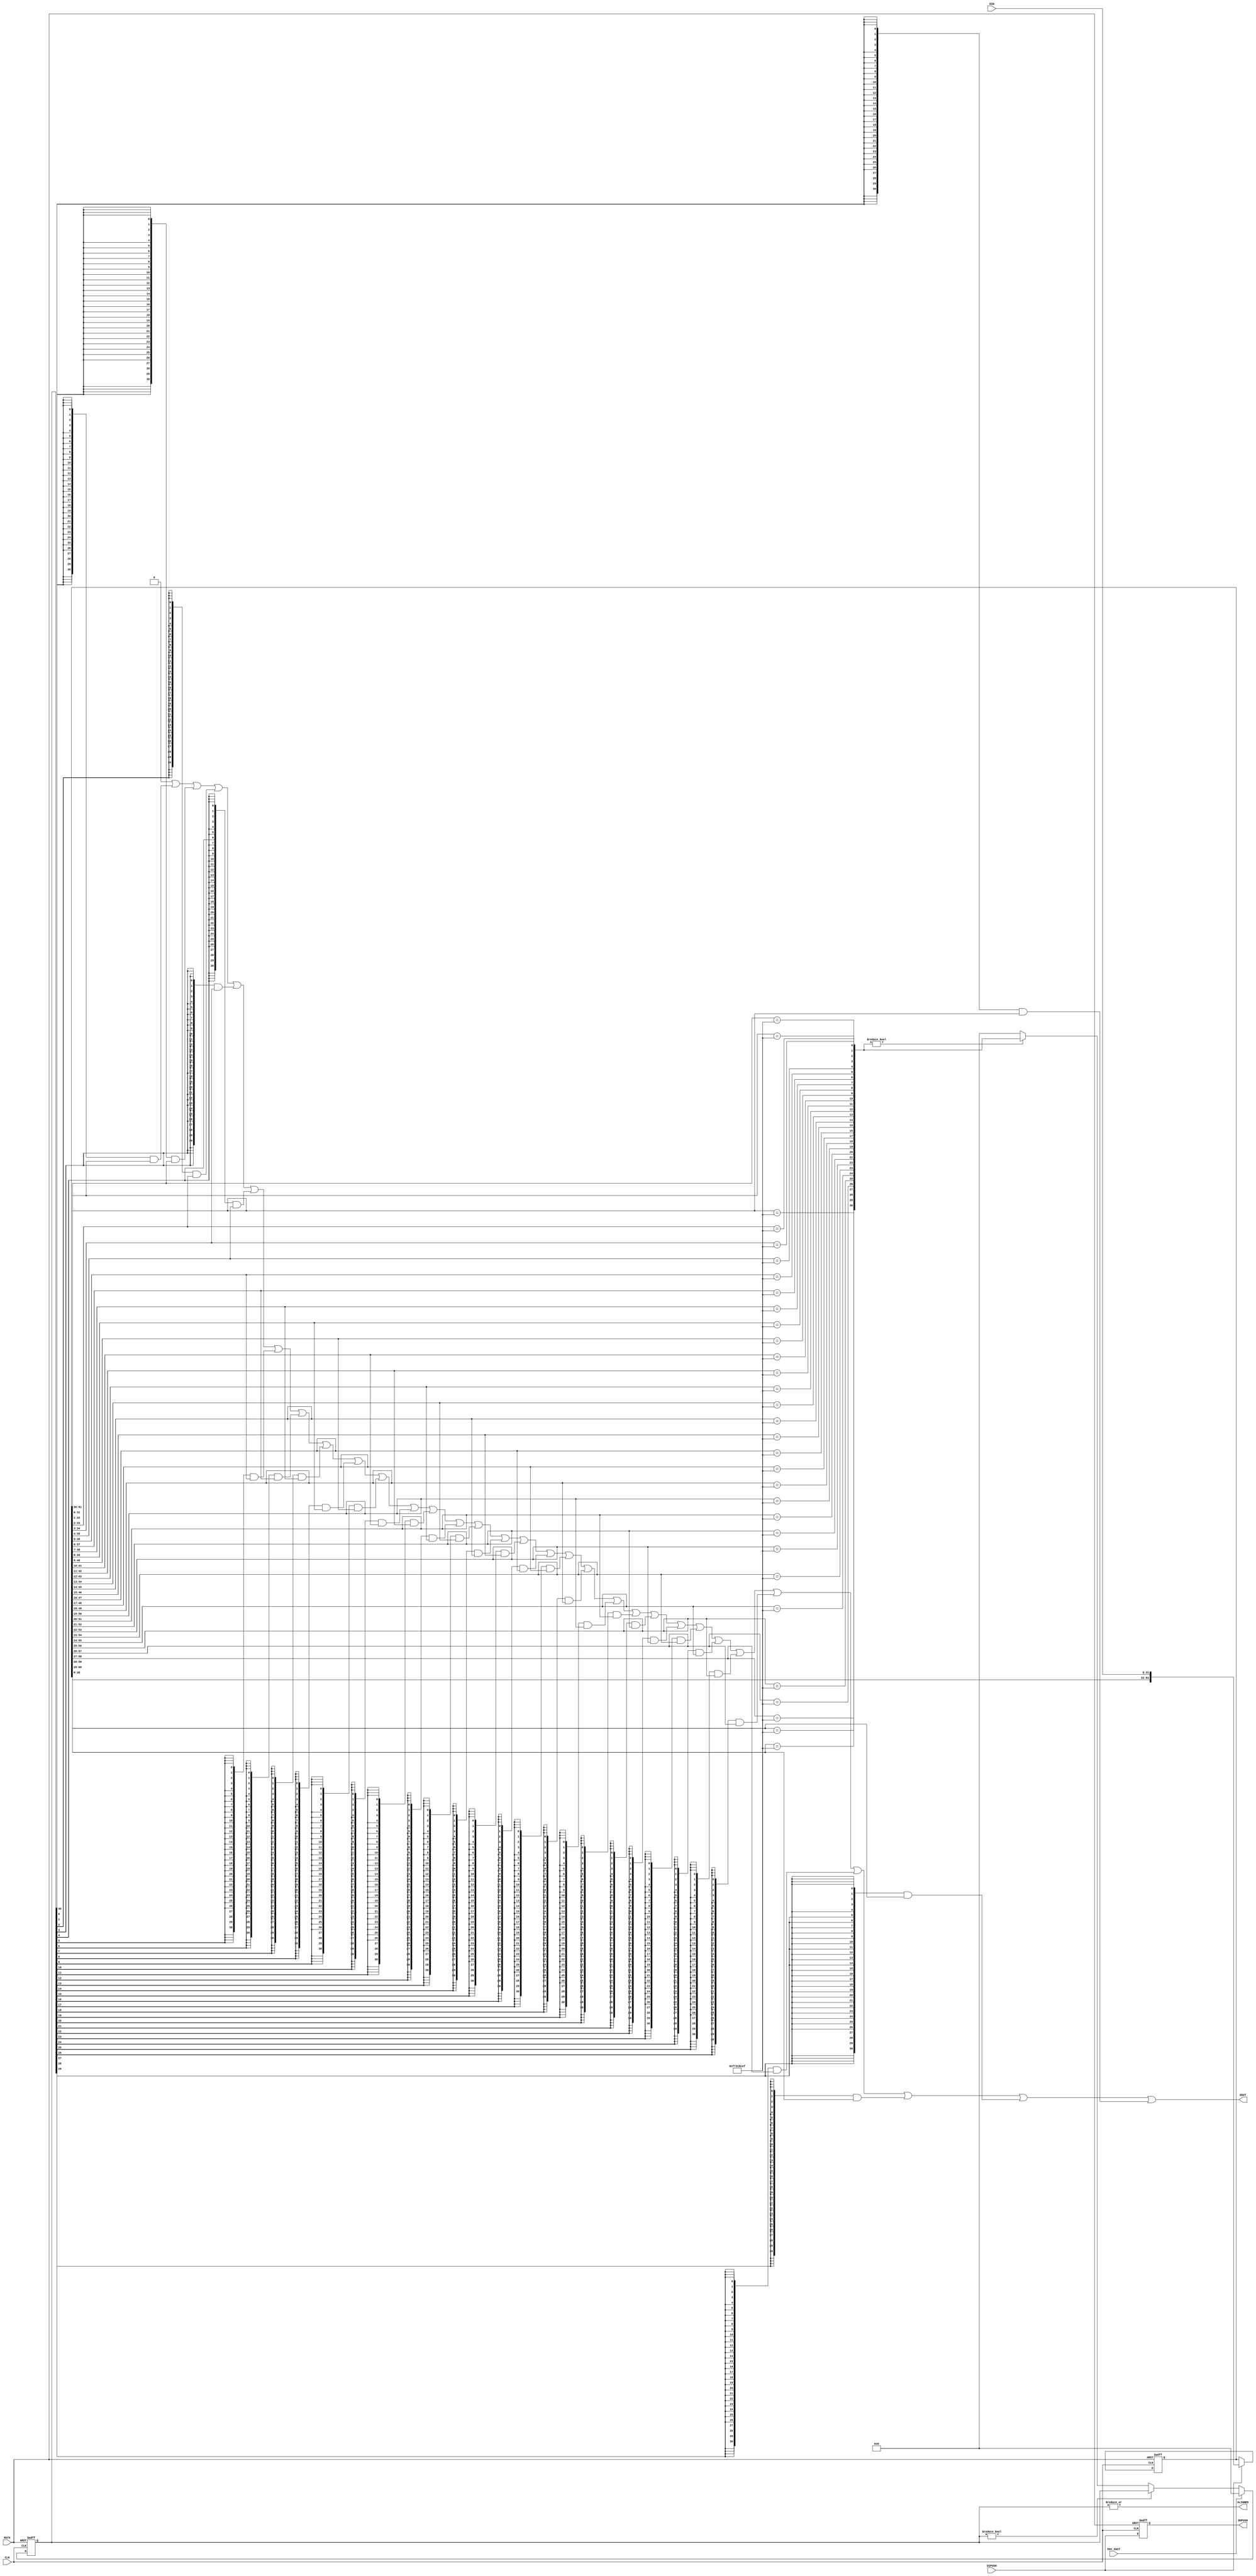
module word_align (
 input             RSTX,
 input             CLK,
 input             PHY_INIT,
 input             DIPUSH,
 input      [31:0] DIN,

 output reg        DOPUSH,
 output reg [31:0] DOUT,
 output            ALIGNED
);

reg [62:0] din_shift;
always @(posedge CLK or negedge RSTX)
  if (!RSTX)       din_shift <= 63'd0;
  else if (DIPUSH) din_shift <=  {din_shift[30:0], DIN};
always @(posedge CLK or negedge RSTX)
  if (!RSTX) DOPUSH <= 1'b0;
  else       DOPUSH <= DIPUSH;

wire [30:0] sync_comp;
generate
genvar gv;
for (gv = 0; gv < 31; gv = gv+1)
  assign sync_comp[gv] = din_shift[gv+31:gv] == 32'hF731_8CEF;
endgenerate

reg [30:0] sync_found;
always @(posedge CLK or negedge RSTX)
  if (!RSTX)                    sync_found <= 31'd0;
  else if (PHY_INIT)            sync_found <= 31'd0;
  else if (sync_found != 31'd0) sync_found <= sync_found;
  else if (sync_comp != 31'd0)  sync_found <= sync_comp;
  else                          sync_found <= 31'd0;

integer i;
always @* begin
  DOUT = 32'd0;
  for (i = 0; i < 31; i = i+1)
    DOUT = DOUT | ({31{sync_found[i]}} & (din_shift >> i));
end

assign ALIGNED = |sync_found;

endmodule